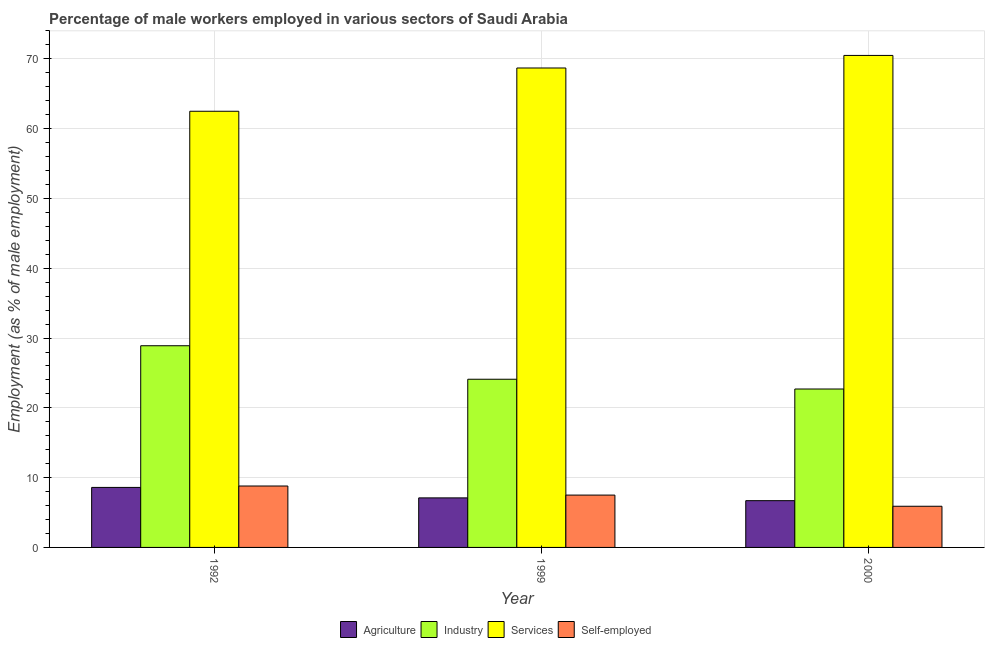
| Year | Agriculture | Industry | Services | Self-employed |
 | --- | --- | --- | --- | --- |
 | 1992 | 8.6 | 28.9 | 62.5 | 8.8 |
 | 1999 | 7.1 | 24.1 | 68.7 | 7.5 |
 | 2000 | 6.7 | 22.7 | 70.5 | 5.9 |